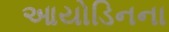
આયોડિનના